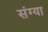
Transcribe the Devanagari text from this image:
संग्या